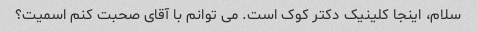
سلام، اینجا کلینیک دکتر کوک است. می توانم با آقای صحبت کنم اسمیت؟